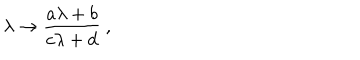
LaTeX: \lambda \rightarrow { \frac { a \lambda + b } { c \lambda + d } } ~ ,